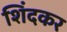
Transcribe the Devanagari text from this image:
शिंदकर